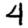
Digit: 4